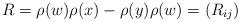
LaTeX: \begin{align*}R=\rho(w)\rho(x)-\rho(y)\rho(w)=(R_{ij})\end{align*}